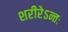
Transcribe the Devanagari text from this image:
शरीरेऽन्तः